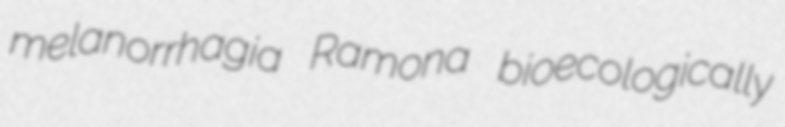
melanorrhagia Ramona bioecologically